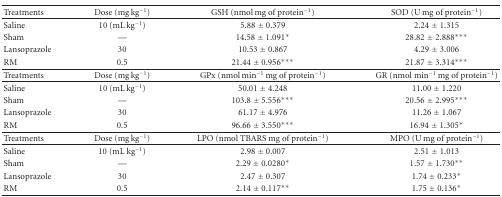
| Treatments | Dose (mg kg−1) | GSH (nmol mg of protein−1) | SOD (U mg of protein−1) |
 | --- | --- | --- | --- |
 | Saline | 10 (mL kg−1) | 5.88 ± 0.379 | 2.24 ± 1.315 |
 | Sham | — | 14.58 ± 1.091* | 28.82 ± 2.888*** |
 | Lansoprazole | 30 | 10.53 ± 0.867 | 4.29 ± 3.006 |
 | RM | 0.5 | 21.44 ± 0.956*** | 21.87 ± 3.314*** |
 | Treatments | Dose (mg kg−1) | GPx (nmol min−1 mg of protein−1) | GR (nmol min−1 mg of protein−1) |
 | Saline | 10 (mL kg−1) | 50.01 ± 4.248 | 11.00 ± 1.220 |
 | Sham | — | 103.8 ± 5.556*** | 20.56 ± 2.995*** |
 | Lansoprazole | 30 | 61.17 ± 4.976 | 11.26 ± 1.067 |
 | RM | 0.5 | 96.66 ± 3.550*** | 16.94 ± 1.305* |
 | Treatments | Dose (mg kg−1) | LPO (nmol TBARS mg of protein−1) | MPO (U mg of protein−1) |
 | Saline | 10 (mL kg−1) | 2.98 ± 0.007 | 2.51 ± 1.013 |
 | Sham | — | 2.29 ± 0.0280* | 1.57 ± 1.730** |
 | Lansoprazole | 30 | 2.47 ± 0.307 | 1.74 ± 0.233* |
 | RM | 0.5 | 2.14 ± 0.117** | 1.75 ± 0.136* |